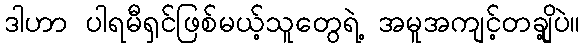
ဒါဟာ ပါရမီရှင်ဖြစ်မယ့်သူတွေရဲ့ အမူအကျင့်တချို့ပဲ။